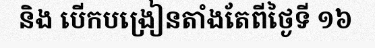
និង បើកបង្រៀនតាំងតែពីថ្ងៃទី ១៦